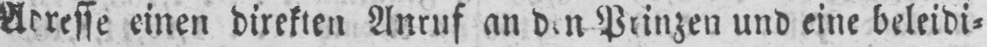
Prinzen und eine beleidi⸗